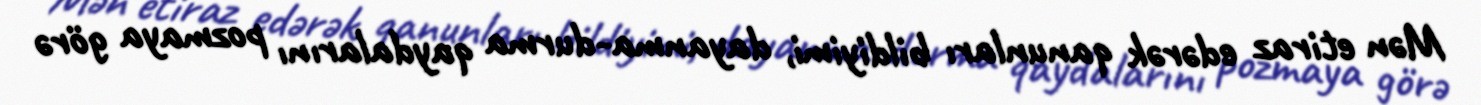
Mən etiraz edərək qanunları bildiyimi, dayanma-durma qaydalarını pozmaya görə